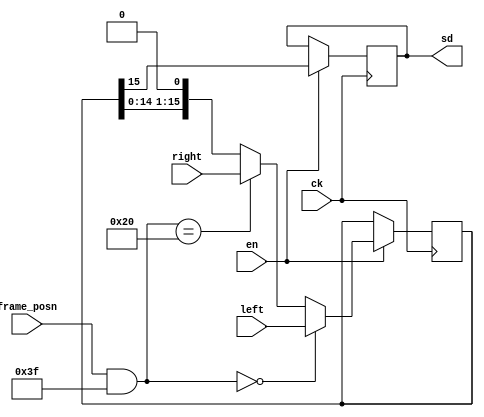
module i2s_tx
    #(parameter CLOCKS=64)
    (input wire ck,
    input wire en,
    input wire [5:0] frame_posn,
    input wire [15:0] left,
    input wire [15:0] right,
    output reg sd   // data out
);

    reg [15:0] shift = 0;
    wire [5:0] MASK;
    wire [5:0] midpoint;
    wire [5:0] frame;

    generate
        if (CLOCKS==64) begin
            assign MASK = 6'b111111;
            assign midpoint = 32;
        end
        if (CLOCKS==32) begin
            assign MASK = 6'b011111;
            assign midpoint = 16;
        end
    endgenerate

    //assign MASK = 6'b011111; // 6'((1 << $clog2(CLOCKS)) - 1);
    assign frame = frame_posn & MASK;

    always @(posedge ck) begin

        if (en) begin
            sd <= shift[15];

            if (frame == 0) begin
                shift <= left;
            end else if (frame == midpoint) begin
                shift <= right;
            end else begin
                shift <= shift << 1;
            end

        end

    end

endmodule